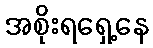
အစိုးရရှေ့နေ